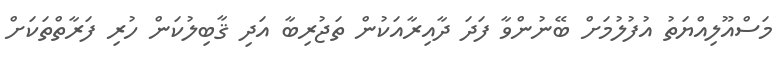
މަސްއޫލިއްޔަތު އުފުލުމަށް ބޭނުންވާ ފަދަ ދާއިރާއަކުން ތަޖުރިބާ އަދި ޤާބިލުކަން ހުރި ފަރާތްތަކަށް